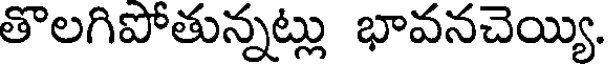
తొలగిపోతున్నట్లు భావనచెయ్యి.